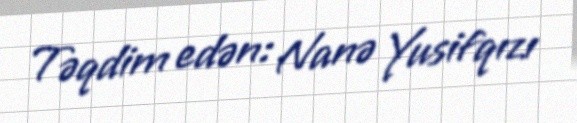
Təqdim edən: Nanə Yusifqızı